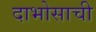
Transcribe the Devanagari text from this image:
दाभोसाची